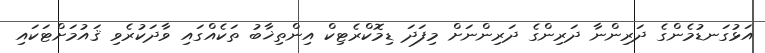
އަޅުގަނޑުމެންގެ ދަރިންނާ ދަރިންގެ ދަރިންނަށް މިފަދަ ޑިމޮކްރެޓިކް އިންތިޚާބު ތަކެއްގައި ވާދަކުރެވި ޤައުމަށްޓަކައި